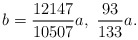
\begin{align*}b=\frac{12147}{10507}a,\ \frac{93}{133}a.\end{align*}